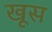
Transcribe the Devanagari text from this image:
खूस